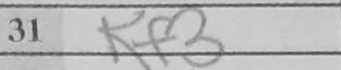
Transcription: Kf3